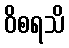
ဝိစရသိ